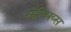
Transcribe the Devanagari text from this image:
सेल्सिय्स